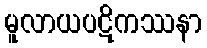
မူလာယပဋိကဿနာ